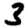
Digit: 3